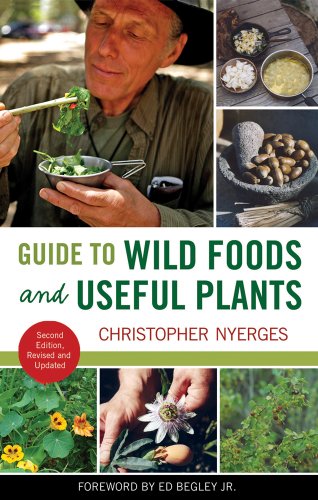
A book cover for Guide to Wild Foods and Useful Plants; Christopher Nyerges; Cookbooks, Food & Wine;